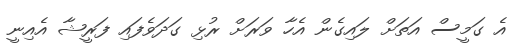
އެ ގަމީސް އަތަށް ލައިގެން އެހާ ވަރަށް ރުޅި ގަދަވެފައި ފަރީޝާ އެއިނީ